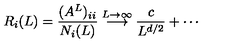
R _ { i } ( L ) = \frac { ( A ^ { L } ) _ { i i } } { N _ { i } ( L ) } \stackrel { L \rightarrow \infty } { \longrightarrow } \frac { c } { L ^ { d / 2 } } + \cdots